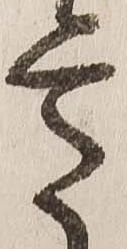
意